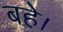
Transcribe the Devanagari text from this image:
बहे।